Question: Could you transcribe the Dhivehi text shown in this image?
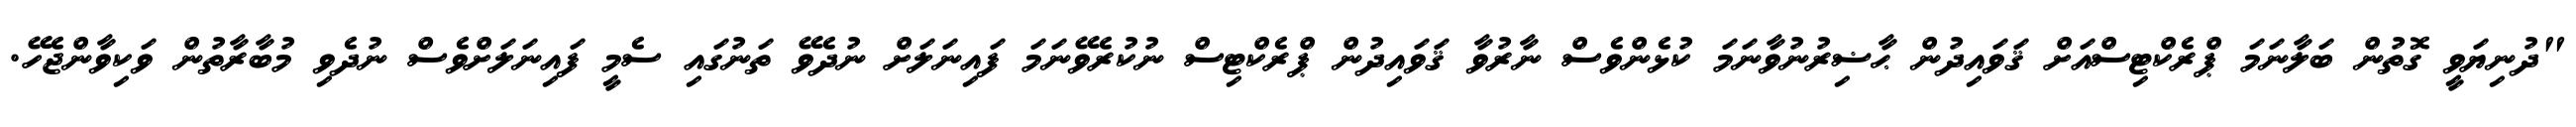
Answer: "ދުނިޔަވީ ގޮތުން ބަލާނަމަ ޕްރެކްޓިސްއަށް ޤަވައިދުން ޙާޟިރުނުވާނަމަ ކުޅެންވެސް ނާރުވާ ޤަވައިދުން ޕްރެކްޓިސް ނުކުރެވޭނަމަ ފައިނަލަށް ނުދެވޭ ތަނުގައި ސެމީ ފައިނަލަށްވެސް ނުދެވި މުބާރާތުން ވަކިވާންޖެހޭ.